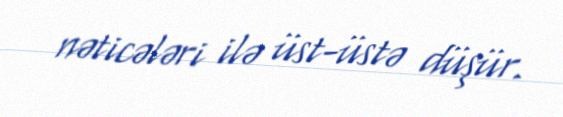
nəticələri ilə üst-üstə düşür.